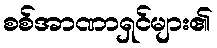
စစ်အာဏာရှင်များ၏